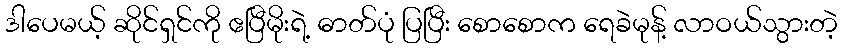
ဒါပေမယ့် ဆိုင်ရှင်ကို ဧပြီမိုးရဲ့ ဓာတ်ပုံ ပြပြီး စောစောက ရေခဲမုန့် လာဝယ်သွားတဲ့